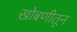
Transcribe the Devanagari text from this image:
खोबणीतून